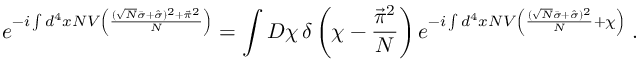
e ^ { - i \int d ^ { 4 } x N V \left( \frac { ( \sqrt { N } \bar { \sigma } + \hat { \sigma } ) ^ { 2 } + \vec { \pi } ^ { 2 } } { N } \right) } = \int { \cal D } \chi \, \delta \left( \chi - \frac { \vec { \pi } ^ { 2 } } { N } \right) e ^ { - i \int d ^ { 4 } x N V \left( \frac { ( \sqrt { N } \bar { \sigma } + \hat { \sigma } ) ^ { 2 } } { N } + \chi \right) } \; .